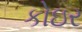
કોઇર